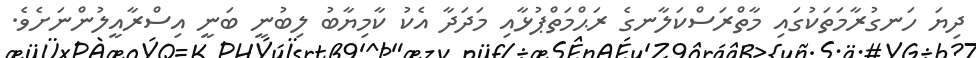
ދިޔަ ހަނގުރާމަތަކުގައި މާތްރަސްކަލާނގެ ރަޙްމަތްޕުޅާއި މަދަދާ އެކު ކާމިޔާބު ލިބުނީ ބަނީ އިސްރާއީލުންނަށެވެ.